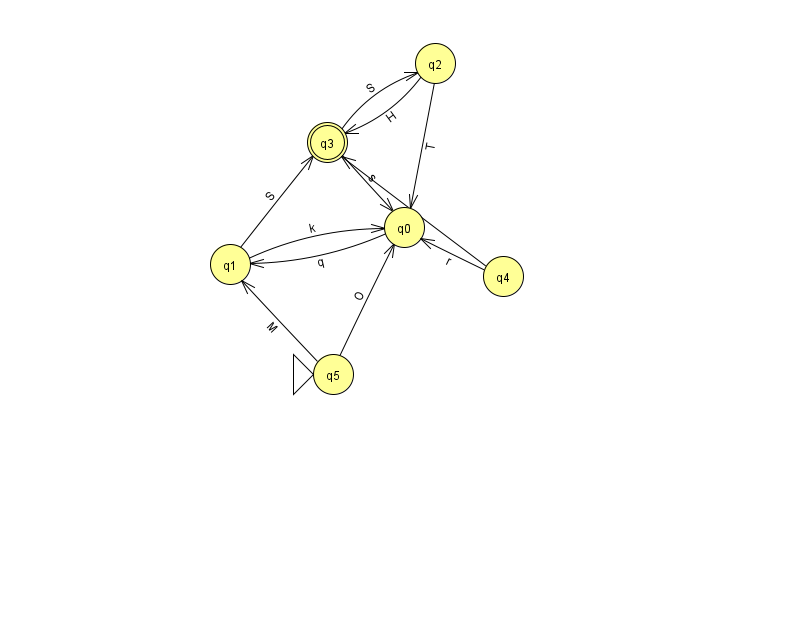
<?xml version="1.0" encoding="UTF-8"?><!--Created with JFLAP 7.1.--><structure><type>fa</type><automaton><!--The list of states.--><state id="0" name="q0"><x>404.0</x><y>214.0</y></state><state id="1" name="q1"><x>230.0</x><y>251.0</y></state><state id="2" name="q2"><x>435.0</x><y>50.0</y></state><state id="3" name="q3"><x>327.0</x><y>129.0</y><final/></state><state id="4" name="q4"><x>503.0</x><y>263.0</y></state><state id="5" name="q5"><x>333.0</x><y>361.0</y><initial/></state><!--The list of transitions.--><transition><from>1</from><to>0</to><read>k</read></transition><transition><from>2</from><to>3</to><read>H</read></transition><transition><from>5</from><to>0</to><read>O</read></transition><transition><from>3</from><to>0</to><read>s</read></transition><transition><from>3</from><to>2</to><read>S</read></transition><transition><from>0</from><to>1</to><read>q</read></transition><transition><from>2</from><to>0</to><read>T</read></transition><transition><from>4</from><to>0</to><read>r</read></transition><transition><from>4</from><to>3</to><read>g</read></transition><transition><from>1</from><to>3</to><read>S</read></transition><transition><from>5</from><to>1</to><read>M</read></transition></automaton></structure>